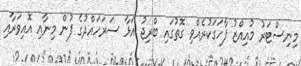
މިނިސްޓަރު މުއިއްޒު ފާހަގަކުރެއްވި ގޮތުގައި ބްރިޖު އަޅާ ސަރަހައްދުގެ ފުން މިނާއި އޮއިވަރާއި